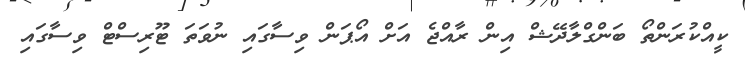
ކީއްކުރަންތޯ ބަންގްލާދޭޝް އިން ރާއްޖެ އަށް އޯޕަން ވިސާގައި ނުވަތަ ޓޫރިސްޓް ވިސާގައި